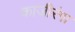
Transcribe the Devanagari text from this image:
काजीरंगा